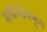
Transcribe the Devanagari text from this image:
मार्कण्डेयकृत